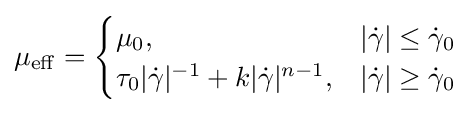
\mu _{\operatorname {eff} }={\begin{cases}\mu _{0},&|{\dot {\gamma }}|\leq {\dot {\gamma }}_{0}\\\tau _{0}|{\dot {\gamma }}|^{-1}+k|{\dot {\gamma }}|^{n-1},&|{\dot {\gamma }}|\geq {\dot {\gamma }}_{0}\end{cases}}